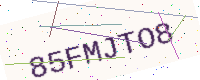
Text: 85FMJTO8